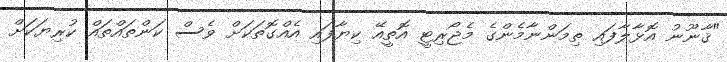
"ޤާނޫނު އޮޅާލާފައި ތިމަންނާމެންގެ މެޖޯރިޓީ އޮތީއޭ ކިޔާފައި އެއްގޮތަކަށް ވެސް ކަންތައްތައް ކުރިޔަކަށް